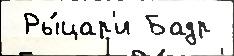
 Ры́цар'и Бадр